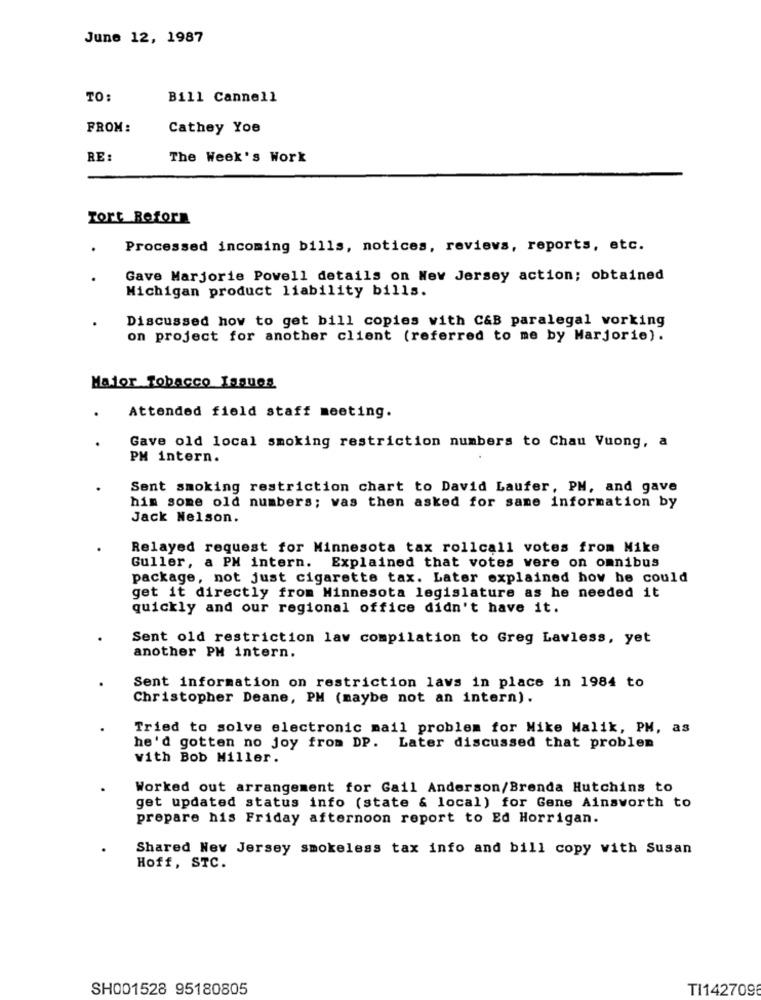
June 12, 1987
TO:
Bill Cannell
FROM:
Cathey Yoe
RE:
The Week's Work
Tort Reform
.
Processed incoming bills, notices, reviews, reports, etc.
Gave Marjorie Powell details on New Jersey action; obtained
Michigan product liability bills.
Discussed how to get bill copies with C&B paralegal working
on project for another client (referred to me by Marjorie).
Major Tobacco Issues
Attended field staff meeting.
Gave old local smoking restriction numbers to Chau Vuong, a
PM intern.
Sent smoking restriction chart to David Laufer, PM, and gave
him some old numbers; vas then asked for same information by
Jack Nelson.
Relayed request for Minnesota tax rollcall votes from Mike
Guller, a PM intern. Explained that votes vere on omnibus
package, not just cigarette tax. Later explained how he could
get it directly from Minnesota legislature as he needed it
quickly and our regional office didn't have it.
Sent old restriction law compilation to Greg Lawless, yet
another PM intern.
Sent information on restriction laws in place in 1984 to
Christopher Deane, PH (maybe not an intern).
Tried to solve electronic mail problem for Mike Malik, PH, as
he'd gotten no joy from DP. Later discussed that problem
vith Bob Miller.
Worked out arrangement for Gail Anderson/Brenda Hutchins to
get updated status info (state & local) for Gene Ainsworth to
prepare his Friday afternoon report to Ed Horrigan.
Shared New Jersey smokeless tax info and bill copy with Susan
Hoff, STC.
SH001528 95180805
TI142709